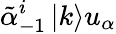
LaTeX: \tilde{\alpha}_{-1}^{i}\left|k\right>u_{\alpha}